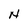
Character: N